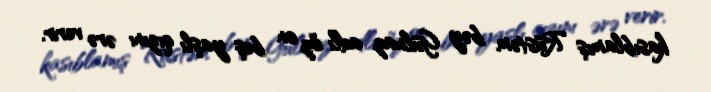
kasıblamış Rüstəm bəy Gülnaz adlı öz on beş yaşlı qızını ərə verir.